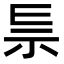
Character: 𥘐